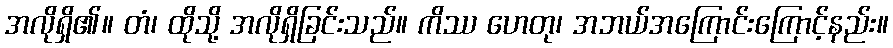
အလိုရှိ၏။ တံ၊ ထိုသို့ အလိုရှိခြင်းသည်။ ကိဿ ဟေတု၊ အဘယ်အကြောင်းကြောင့်နည်း။